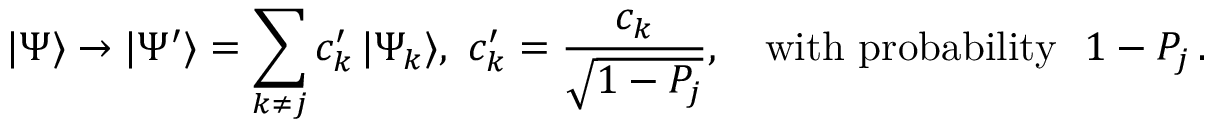
| \Psi \rangle \to | \Psi ^ { \prime } \rangle = \sum _ { k \ne j } c _ { k } ^ { \prime } \, | \Psi _ { k } \rangle , \ c _ { k } ^ { \prime } = { \frac { c _ { k } } { \sqrt { 1 - P _ { j } } } } , ~ ~ ~ \mathrm { w i t h \ p r o b a b i l i t y } ~ ~ 1 - P _ { j } \, .